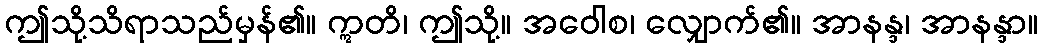
ဤသို့သိရာသည်မှန်၏။ ဣတိ၊ ဤသို့။ အဝေါစ၊ လျှောက်၏။ အာနန္ဒ၊ အာနန္ဒာ။